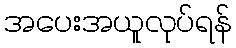
အပေးအယူလုပ်ရန်